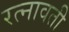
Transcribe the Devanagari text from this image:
रत्नावती